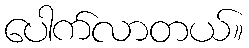
ပေါက်လာတယ်။